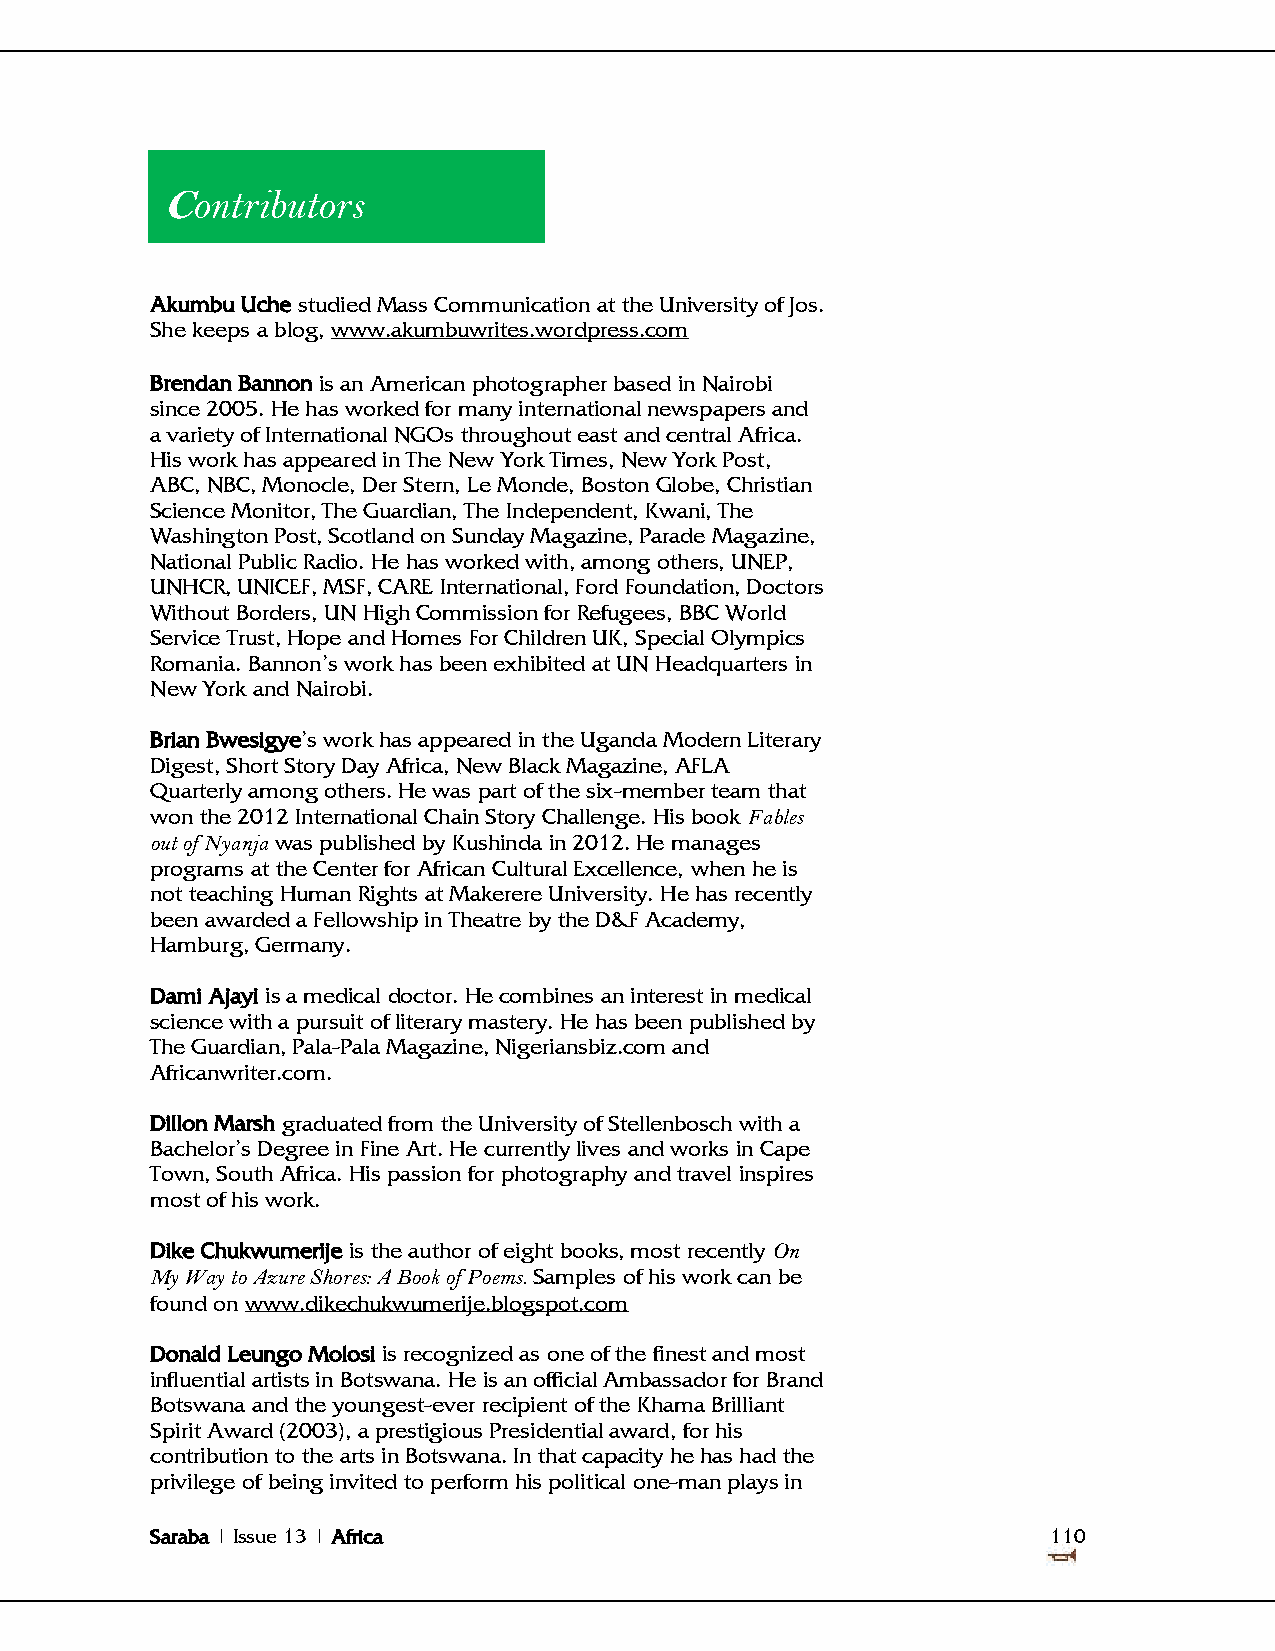
Contributors
 Akumbu Uche studied Mass Communication at the University of Jos.
 She keeps a blog, www.akumbuwrites.wordpress.com
 Brendan Bannon is an American photographer based in Nairobi
 since 2005. He has worked for many international newspapers and
 a variety of International NGOs throughout east and central Africa.
 His work has appeared in The New York Times, New York Post,
 ABC, NBC, Monocle, Der Stern, Le Monde, Boston Globe, Christian
 Science Monitor, The Guardian, The Independent, Kwani, The
 Washington Post, Scotland on Sunday Magazine, Parade Magazine,
 National Public Radio. He has worked with, among others, UNEP,
 UNHCR, UNICEF, MSF, CARE International, Ford Foundation, Doctors
 Without Borders, UN High Commission for Refugees, BBC World
 Service Trust, Hope and Homes For Children UK, Special Olympics
 Romania. Bannon‘s work has been exhibited at UN Headquarters in
 New York and Nairobi.
 Brian Bwesigye‘s work has appeared in the Uganda Modern Literary
 Digest, Short Story Day Africa, New Black Magazine, AFLA
 Quarterly among others. He was part of the six-member team that
 won the 2012 International Chain Story Challenge. His book Fables
 out of Nyanja was published by Kushinda in 2012. He manages
 programs at the Center for African Cultural Excellence, when he is
 not teaching Human Rights at Makerere University. He has recently
 been awarded a Fellowship in Theatre by the D&F Academy,
 Hamburg, Germany.
 Dami Ajayi is a medical doctor. He combines an interest in medical
 science with a pursuit of literary mastery. He has been published by
 The Guardian, Pala-Pala Magazine, Nigeriansbiz.com and
 Africanwriter.com.
 Dillon Marsh graduated from the University of Stellenbosch with a
 Bachelor‘s Degree in Fine Art. He currently lives and works in Cape
 Town, South Africa. His passion for photography and travel inspires
 most of his work.
 Dike Chukwumerije is the author of eight books, most recently On
 My Way to Azure Shores: A Book of Poems. Samples of his work can be
 found on www.dikechukwumerije.blogspot.com
 Donald Leungo Molosi is recognized as one of the finest and most
 influential artists in Botswana. He is an official Ambassador for Brand
 Botswana and the youngest-ever recipient of the Khama Brilliant
 Spirit Award (2003), a prestigious Presidential award, for his
 contribution to the arts in Botswana. In that capacity he has had the
 privilege of being invited to perform his political one-man plays in
 Saraba | Issue 13 | Africa                                  110